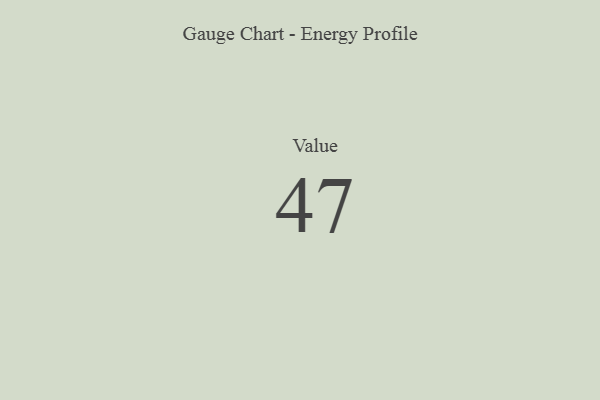
{"axis": {"x": "Metric", "y": "Value"}, "legend": [""], "data": [{"x": "Value", "y": 47, "type": ""}]}